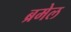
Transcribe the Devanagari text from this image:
ब्रमेल